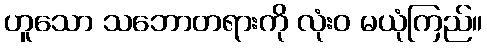
ဟူသော သဘောတရားကို လုံးဝ မယုံကြည်။